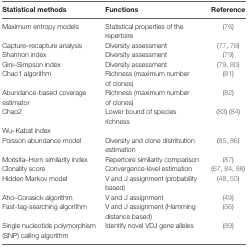
<table><thead><tr><td><b>Statistical methods</b></td><td><b>Functions</b></td><td><b>Reference</b></td></tr></thead><tbody><tr><td>Maximum entropy models</td><td>Statistical properties of the repertoire</td><td>(76)</td></tr><tr><td>Capture–recapture analysis</td><td>Diversity assessment</td><td>(77, 78)</td></tr><tr><td>Shannon index</td><td>Diversity assessment</td><td>(79)</td></tr><tr><td>Gini–Simpson index</td><td>Diversity assessment</td><td>(79, 80)</td></tr><tr><td>Chao1 algorithm</td><td>Richness (maximum number of clones)</td><td>(81)</td></tr><tr><td>Abundance-based coverage estimator</td><td>Richness (maximum number of clones)</td><td>(82)</td></tr><tr><td>Chao2</td><td>Lower bound of species richness</td><td>(83) (84)</td></tr><tr><td>Wu–Kabat index</td><td></td><td></td></tr><tr><td>Poisson abundance model</td><td>Diversity and clone distribution estimation</td><td>(85, 86)</td></tr><tr><td>Morisita–Horn similarity index</td><td>Repertoire similarity comparison</td><td>(87)</td></tr><tr><td>Clonality score</td><td>Convergence-level estimation</td><td>(67, 84, 88)</td></tr><tr><td>Hidden Markov model</td><td>V and J assignment (probability based)</td><td>(48, 50)</td></tr><tr><td>Aho–Corasick algorithm</td><td>V and J assignment</td><td>(49)</td></tr><tr><td>Fast-tag-searching algorithm</td><td>V and J assignment (Hamming distance based)</td><td>(56)</td></tr><tr><td>Single nucleotide polymorphism (SNP) calling algorithm</td><td>Identify novel VDJ gene alleles</td><td>(89)</td></tr></tbody></table>